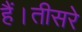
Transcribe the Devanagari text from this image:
हैं।तीसरे